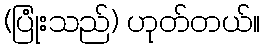
(ပြုံးသည်) ဟုတ်တယ်။